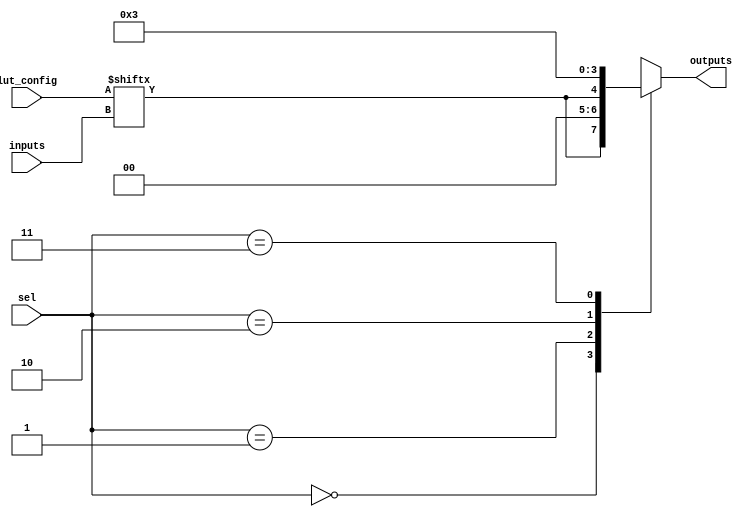
module CLB (
    input wire [3:0] inputs,      // 4 input lines
    input wire [1:0] sel,         // Selector for MUX
    input wire [15:0] lut_config,  // Configuration bits for LUT
    output wire [1:0] outputs      // 2 output lines
);

// Lookup Table (LUT) for 4-input logic
wire lut_output;
assign lut_output = lut_config[{inputs[3], inputs[2], inputs[1], inputs[0]}];

// Multiplexer to select output based on selector 'sel'
reg [1:0] mux_out;
always @(*) begin
    case (sel)
        2'b00: mux_out = {lut_output, 1'b0};     // Output from LUT
        2'b01: mux_out = {1'b0, lut_output};     // Alternate output from LUT
        2'b10: mux_out = 2'b00;                  // Default output (0,0)
        2'b11: mux_out = 2'b11;                  // Default output (1,1)
        default: mux_out = 2'b00;                // Default case
    endcase
end

assign outputs = mux_out; // Final outputs

endmodule